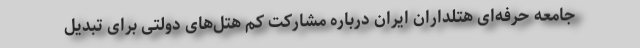
جامعه حرفه‌ای هتلداران ایران درباره مشارکت کم هتل‌های دولتی برای تبدیل